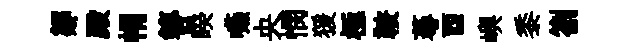
鄒殿㡌簪睽嚥央憫猨極鞍蕚酉嶼黍劄